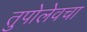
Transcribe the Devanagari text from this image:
तुपोलेवचा